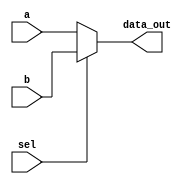
`timescale 1ns / 1ps
//////////////////////////////////////////////////////////////////////////////////
// Company: 
// Engineer: 
// 
// Design Name: 
// Module Name: Mux
// Project Name: 
// Target Devices: 
// Tool Versions: 
// Description: 
// 
// Dependencies: 
// 
// Revision:
// Revision 0.01 - File Created
// Additional Comments:
// 
//////////////////////////////////////////////////////////////////////////////////

module Mux
(
    input [63:0] a,
    input [63:0] b,
    input sel,
    output reg [63:0]data_out
);
//assign data_out = sel? b:a ;
always @ (a, b, sel) begin
    // if sel = 0 choose a
    if (!sel)
        data_out = a;
        
    // if sel = 1 choose b
    else
        data_out = b;
end
endmodule